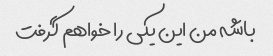
باشه من این یکی را خواهم گرفت